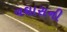
વઘારાની